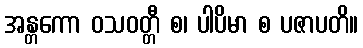
အန္တကော ဝသဝတ္တီ စ၊ ပါပိမာ စ ပဇာပတိ။